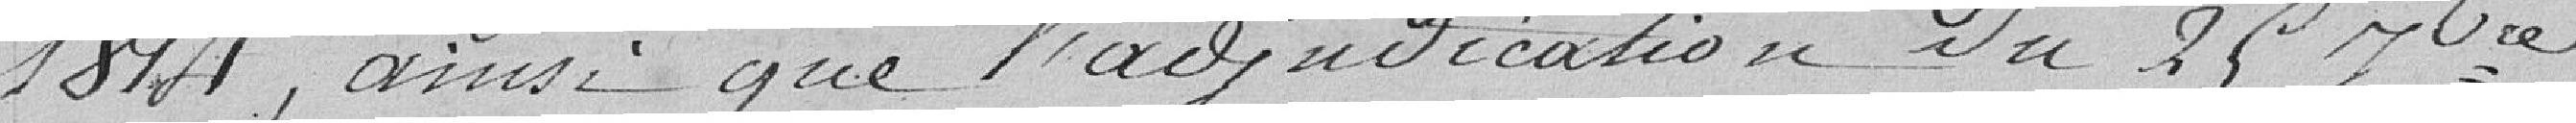
1814, ainsi que l'adjudication du 25 ........